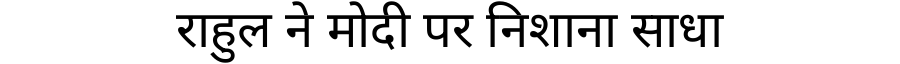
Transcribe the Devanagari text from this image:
राहुल ने मोदी पर निशाना साधा